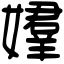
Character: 𡢡